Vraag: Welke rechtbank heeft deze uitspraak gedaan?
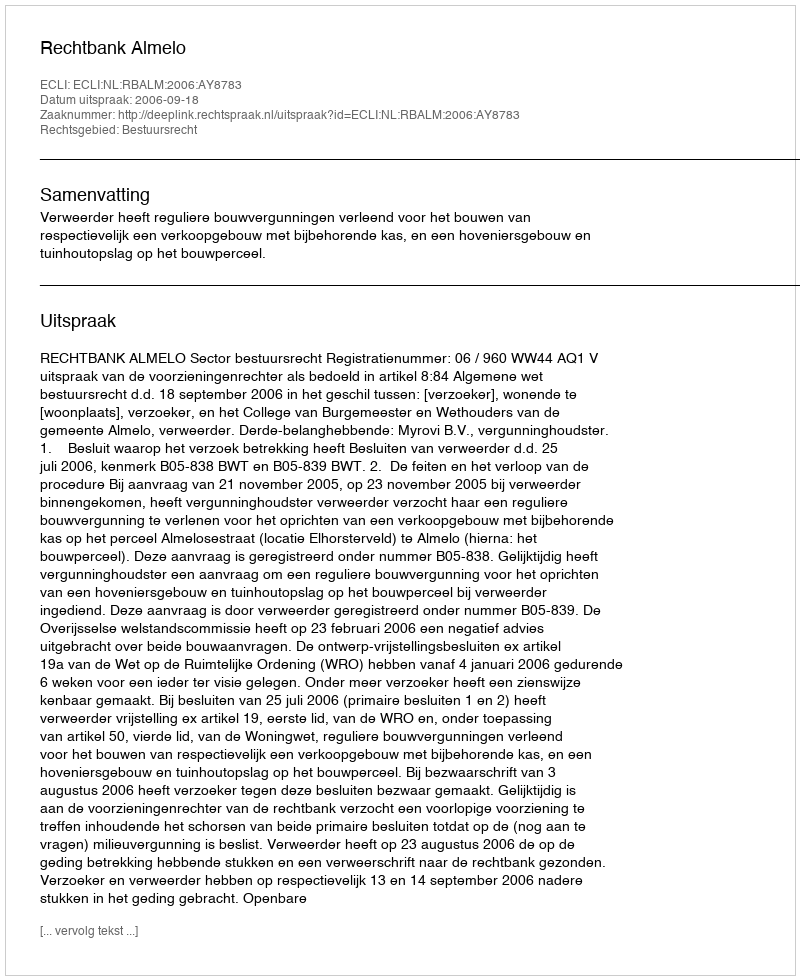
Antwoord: Rechtbank Almelo